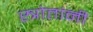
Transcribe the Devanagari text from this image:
स्त्रोतांनी